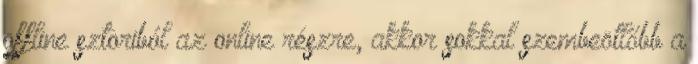
offline sztoriból az online részre, akkor sokkal szembeötlőbb a